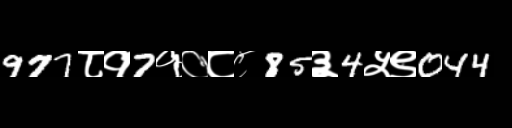
Text: 977८१7१०८८85३4५९044